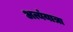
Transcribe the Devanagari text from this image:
अत्यंयात्रा